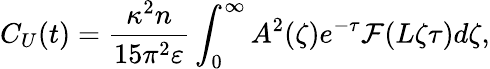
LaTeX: C_{U}(t)=\frac{\kappa^{2}n}{15\pi^{2}\varepsilon}\int_{0}^{\infty}A^{2}(\zeta)e^{-\tau}\mathcal{F}(L\zeta\tau)d\zeta,